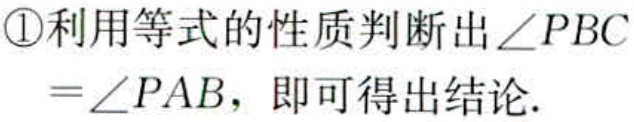
\textcircled{1}利用等式的性质判断出\(\angle PBC\)

\(=\angle PAB\)，即可得出结论.